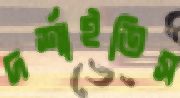
দর্শাইতিস